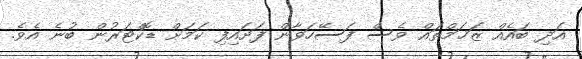
އަދި ބައެއް ޒަޚަމްތައް ވެސް ފަސޭހަވާން ފަށައިފި ކަމަށް ޑޮކްޓަރުން ބުނެ އެވެ.